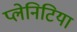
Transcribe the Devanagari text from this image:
प्लेनिटिया